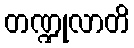
တဏ္ဍုလာတိ